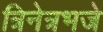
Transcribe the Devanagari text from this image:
त्रिनेत्रभजे